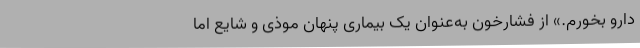
دارو بخورم.» از فشارخون به‌عنوان یک بیماری پنهان موذی و شایع اما